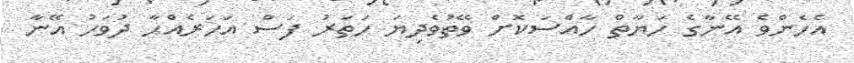
އެހެންވެ އޭނާގެ ހަޔާތް ހާއްސަކޮށް ވޭތުވެދިޔަ ހަތަރު ފަސް އަހަރެއްހާ ދުވަހު އޭނާ